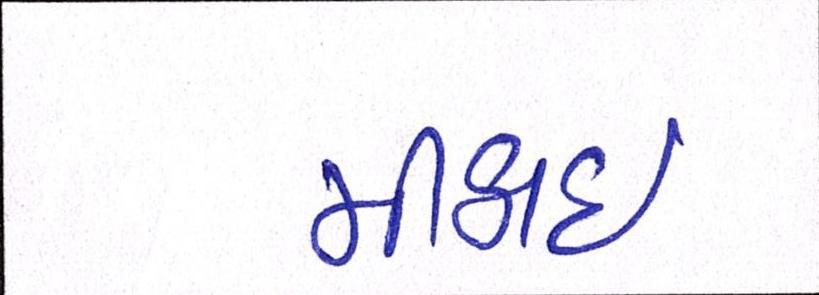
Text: મીઠાઈ